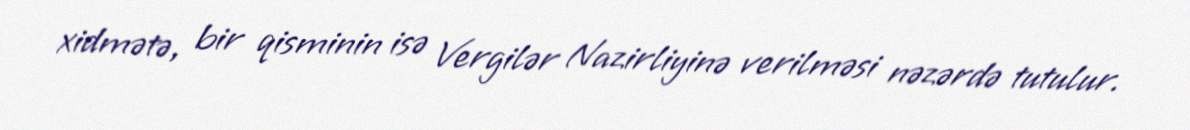
xidmətə, bir qisminin isə Vergilər Nazirliyinə verilməsi nəzərdə tutulur.